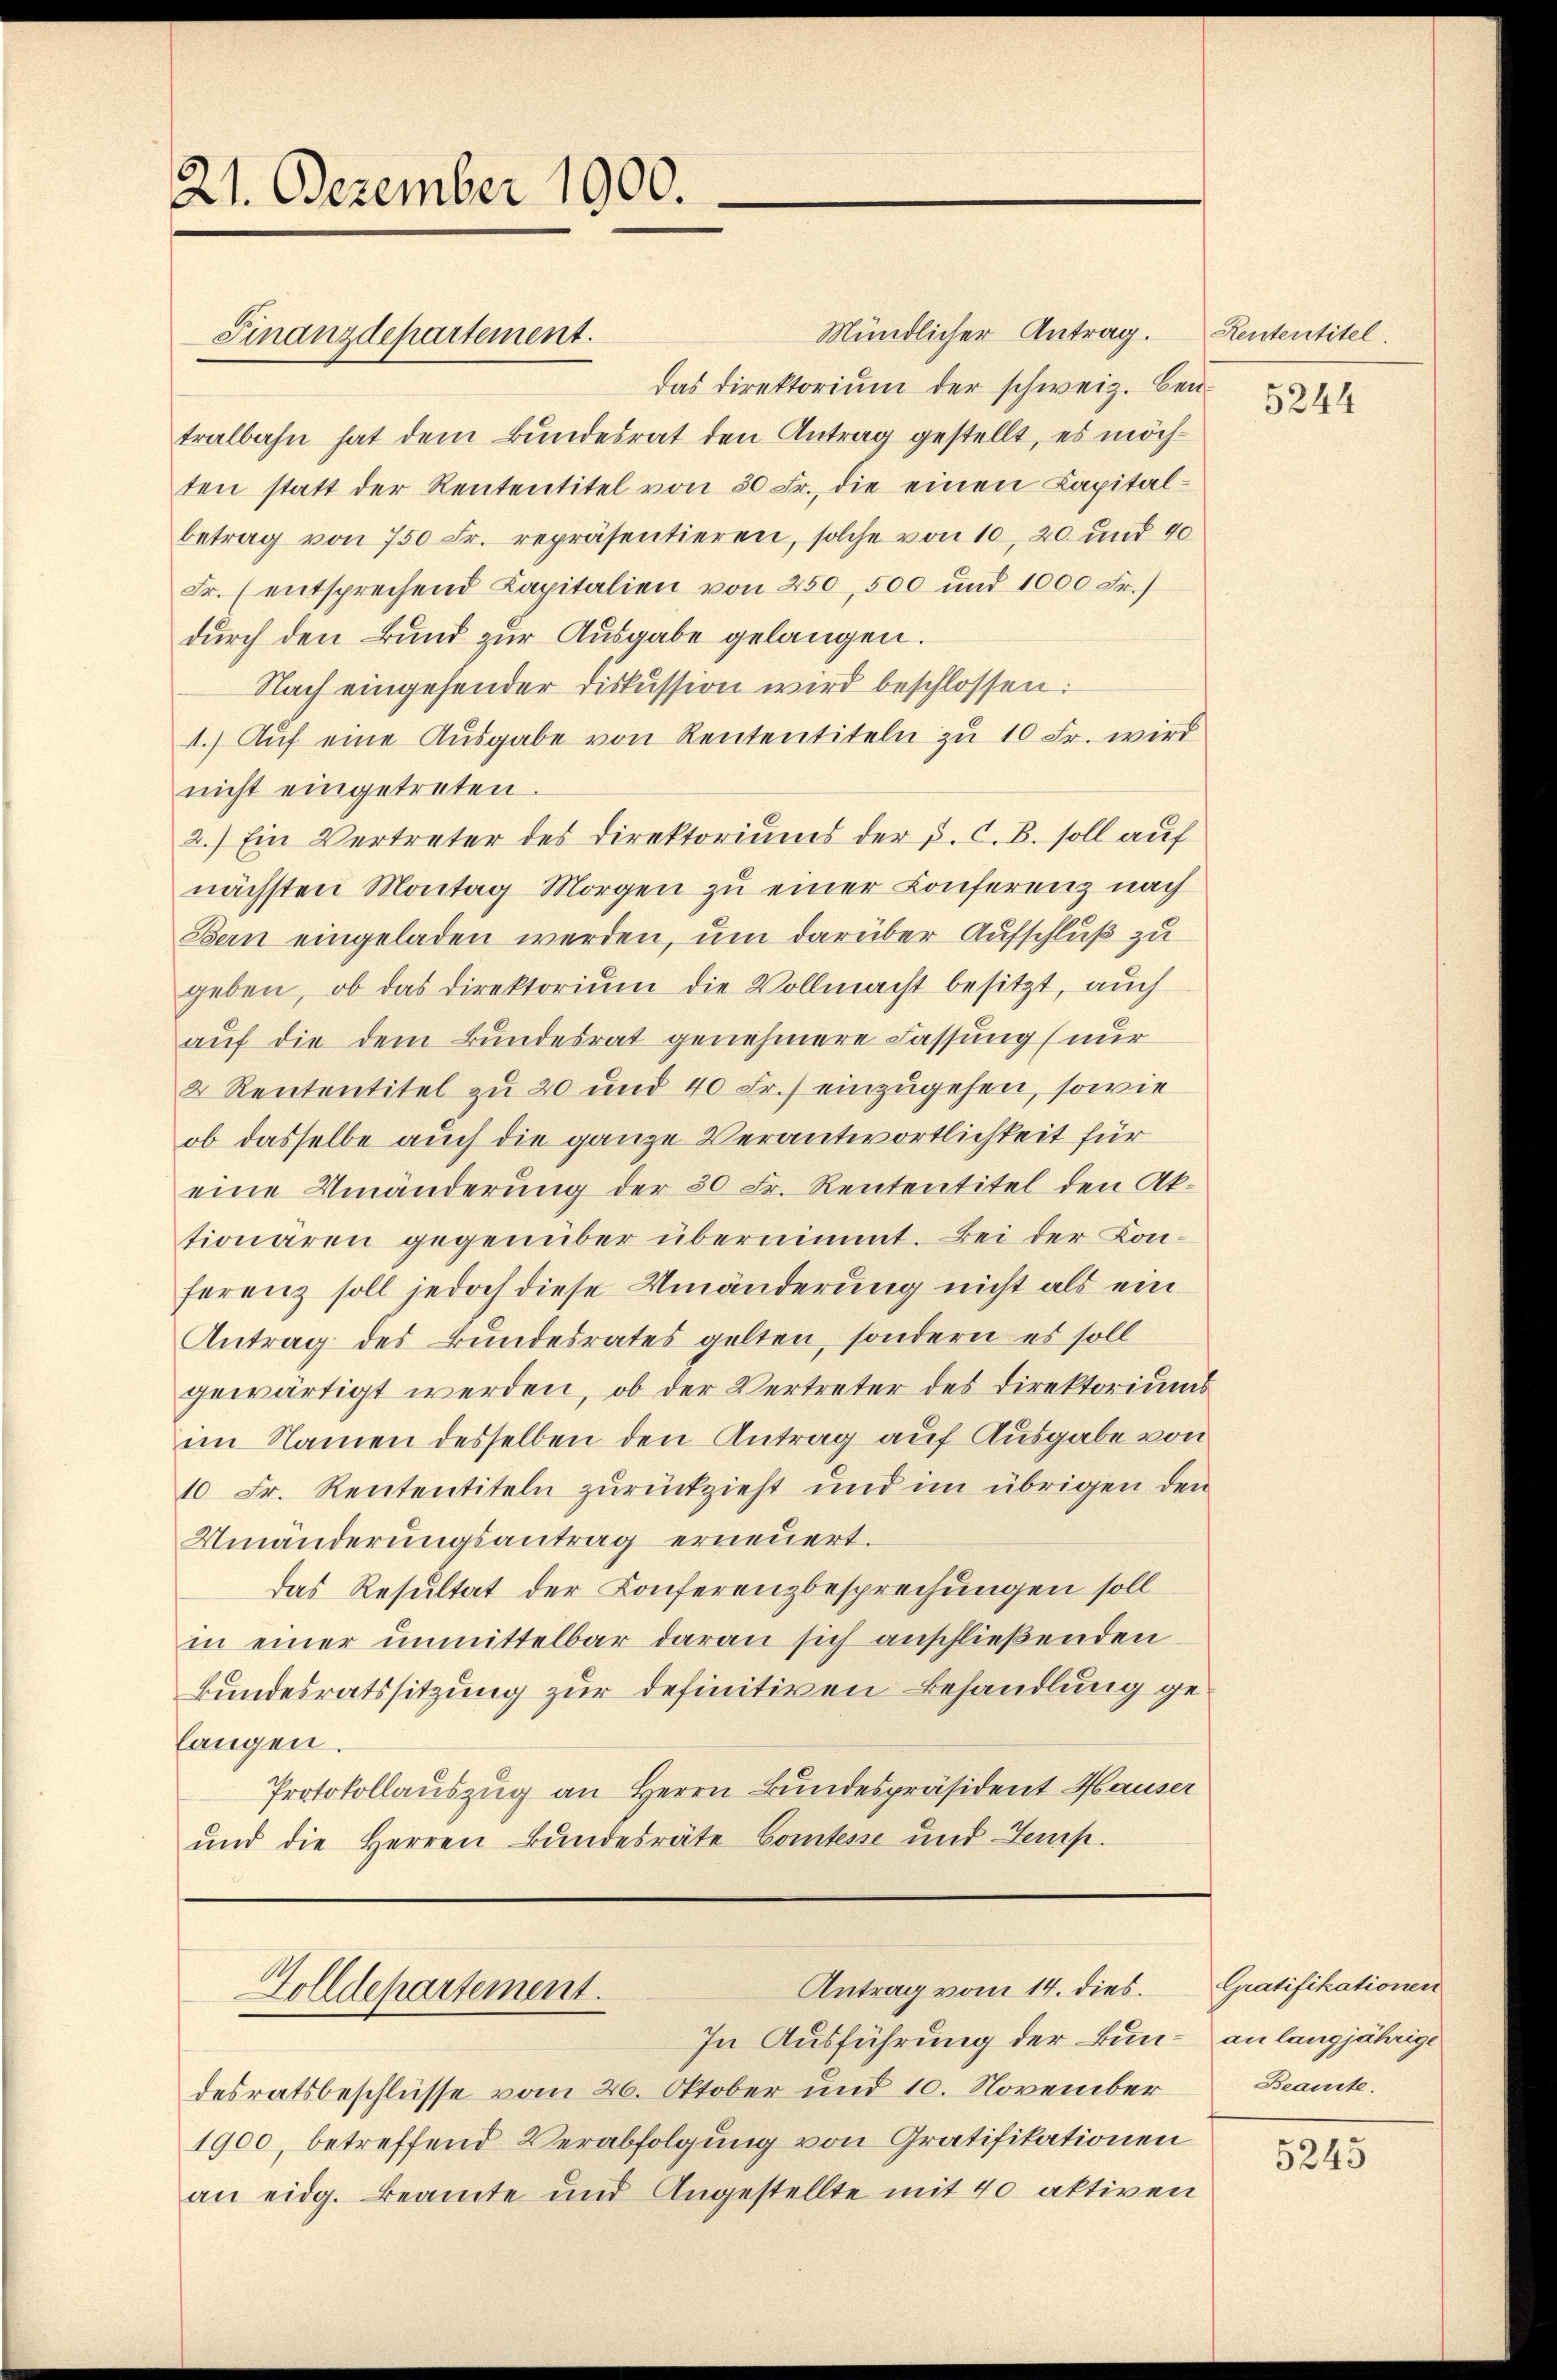
21. Dezember 1900.

Finanzdepartement.

Mündlicher Antrag. Rententitel
das Direktorium der schweiz. Bei-
tralbahn hat dem Bundesrat den Antrag gestellt, es möchten statt der Rententitel von 30 Fr., die einen Capital-
betrag von 750 Fr. repräsentieren, solche von 10, 20 und 40
Fr. (entsprechend Kapitalien von 250, 500 und 1000 Fr.)
durch den Bund zur Ausgabe gelangen.
Nach eingehender Diskussion wird beschlossen:
1. Aŭf eine Aŭsgabe von Rententiteln zu 10 Fr. wird
nicht eingetreten.
2.) Ein Vertreter des Direktoriums der p. C. B. soll auf
nächsten Montag Morgen zu einer Conferenz nach
Bern eingeladen werden, um darüber Aufschluß zu
geben, ob das Direktorium die Vollmacht besitzt, auch
auf die dem Bundesrat genehmere Fassung (nur
2 Rententitel zu 20 und 40 Fr.] einzugehen, sowie
ob dasselbe auch die ganze Verantwortlichkeit für
eine Umänderung der 30 Fr. Rententitel den Aktionaren gegenüber übernimmt. Bei der Kon-
ferenz soll jedoch diese Umänderung nicht als ein
Antrag des Bundesrates gelten, sondern es soll
gewärtigt werden, ob der Vertreter des Direktoriums
im Namen desselben den Antrag auf Ausgabe von
10 Fr. Rententiteln zŭrückzieht und im übrigen den
Umänderungsantrag erneuert.
das Resultat der Konferenzbesprechungen soll
in einer unmittelbar daran sich anschließenden
Bundesratssitzung zur definitiven Behandlung gelangen.
Protokollauszug an Herrn Bundespräsident Hauser
und die Herren Bundesräte Comtesse und Temp

Antrag vom 14. dies.
Golldepartement.

In Ausführung der Bun- an langjährige
desratsbeschlüsse vom 26. Oktober und 10. November
1900, betreffend Verabfolgung von Gratifikationen
an eidg. Beamte und Angestellte mit 40 aktiven

5244

Gratifikationen
Beamte.

5245